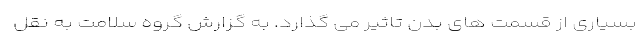
بسیاری از قسمت های بدن تاثیر می گذارد. به گزارش گروه سلامت به نقل